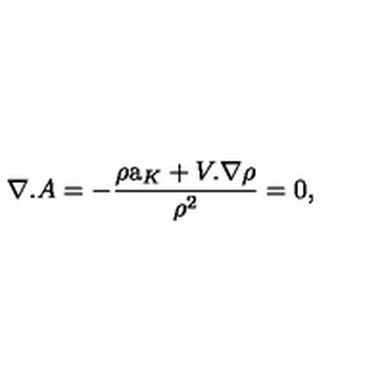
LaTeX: \nabla . A = - \frac { \rho \mathrm { \Large a } _ { K } + V . \nabla \rho } { \rho ^ { 2 } } = 0 ,